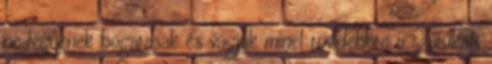
ne legyenek bogarasak és vágjuk minél rövidebbre a szárukat,